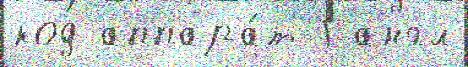
код аппара́т j англ